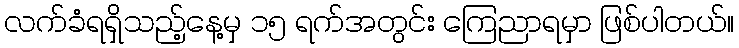
လက်ခံရရှိသည့်နေ့မှ ၁၅ ရက်အတွင်း ကြေညာရမှာ ဖြစ်ပါတယ်။